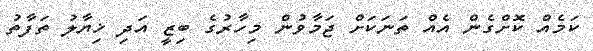
ކަމެއް ކޮށްގެން އެއް ތަނަކަށް ޖަމާވުން މިހާރުގެ ބިޒީ އަދި ޚިޔާލު ތަފާތު